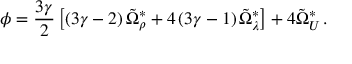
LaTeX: \phi = \frac { 3 \gamma } { 2 } \left[ \left( 3 \gamma - 2 \right) \tilde { \Omega } _ { \rho } ^ { \ast } + 4 \left( 3 \gamma - 1 \right) \tilde { \Omega } _ { \lambda } ^ { \ast } \right] + 4 \tilde { \Omega } _ { \cal U } ^ { \ast } \, .